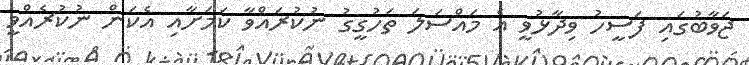
ޖަވާބުގައި ފަސީހު ވިދާޅުވީ އެ މައްސަލަ ތަހުގީގު ނުކުރައްވާ ކަމަށާއި އެކަން ނުކުރެއްވީ